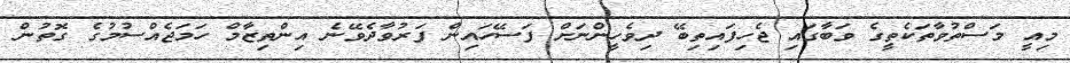
މިއީ މަސްތުވާތަކެތީގެ ވަބާގައި ޖެހިފައިތިބޭ ދިވެހީންނަށް ފަސޭހައިން ފަރުވާދެވޭނެ އިންތިޒާމް ހަމަޖެއްސުމުގެ ގޮތުން